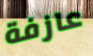
عازفة